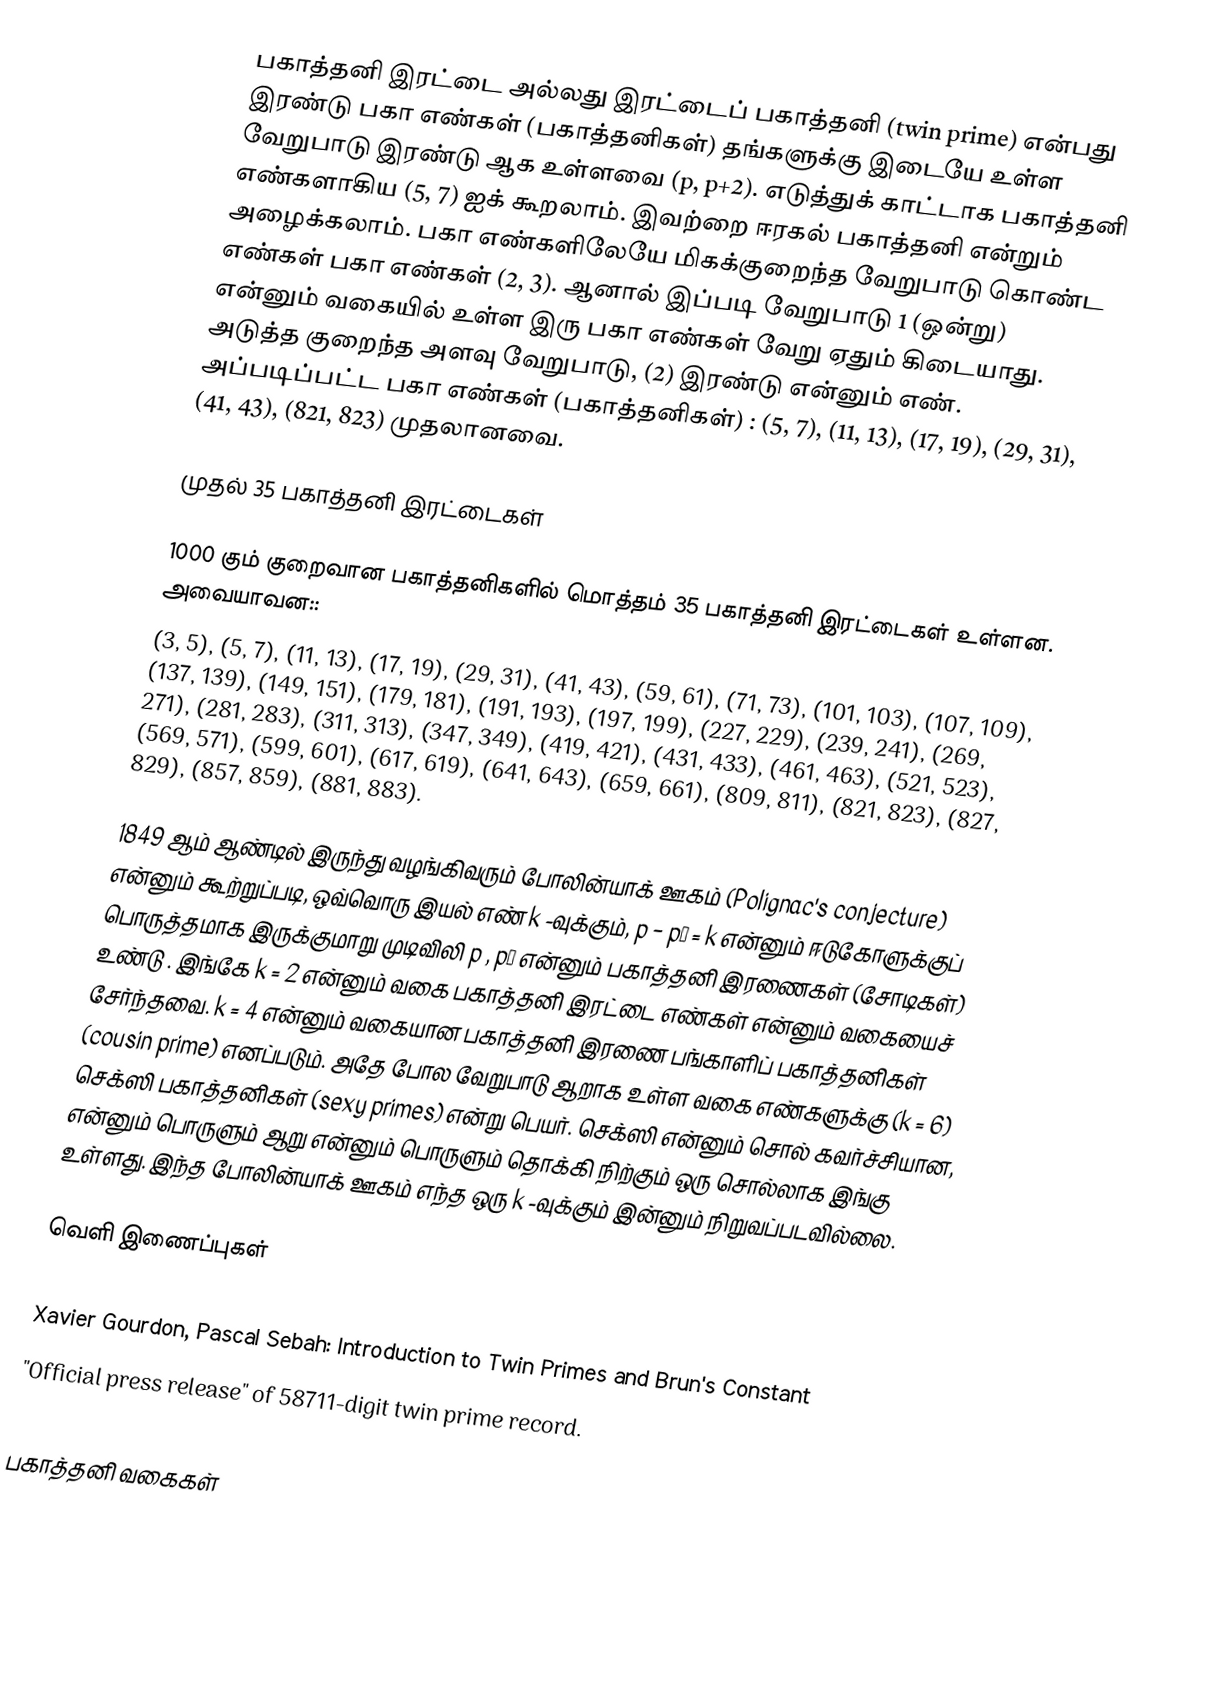
பகாத்தனி இரட்டை அல்லது இரட்டைப் பகாத்தனி (twin prime) என்பது இரண்டு பகா எண்கள் (பகாத்தனிகள்) தங்களுக்கு இடையே உள்ள வேறுபாடு இரண்டு ஆக உள்ளவை (p, p+2). எடுத்துக் காட்டாக பகாத்தனி எண்களாகிய (5, 7) ஐக் கூறலாம். இவற்றை ஈரகல் பகாத்தனி என்றும் அழைக்கலாம். பகா எண்களிலேயே மிகக்குறைந்த வேறுபாடு கொண்ட எண்கள் பகா எண்கள் (2, 3). ஆனால் இப்படி வேறுபாடு 1 (ஒன்று) என்னும் வகையில் உள்ள இரு பகா எண்கள் வேறு ஏதும் கிடையாது. அடுத்த குறைந்த அளவு வேறுபாடு, (2) இரண்டு என்னும் எண். அப்படிப்பட்ட பகா எண்கள் (பகாத்தனிகள்) : (5, 7), (11, 13), (17, 19), (29, 31), (41, 43), (821, 823) முதலானவை.

முதல் 35 பகாத்தனி இரட்டைகள்

1000 கும் குறைவான பகாத்தனிகளில் மொத்தம் 35 பகாத்தனி இரட்டைகள் உள்ளன. அவையாவன::
(3, 5), (5, 7), (11, 13), (17, 19), (29, 31), (41, 43), (59, 61), (71, 73), (101, 103), (107, 109), (137, 139), (149, 151), (179, 181), (191, 193), (197, 199), (227, 229), (239, 241), (269, 271), (281, 283), (311, 313), (347, 349), (419, 421), (431, 433), (461, 463), (521, 523), (569, 571), (599, 601), (617, 619), (641, 643), (659, 661), (809, 811), (821, 823), (827, 829), (857, 859), (881, 883).

1849 ஆம் ஆண்டில் இருந்து வழங்கிவரும் போலின்யாக் ஊகம் (Polignac's conjecture) என்னும் கூற்றுப்படி, ஒவ்வொரு இயல் எண் k -வுக்கும், p − p′ = k என்னும் ஈடுகோளுக்குப் பொருத்தமாக இருக்குமாறு முடிவிலி p , p′ என்னும் பகாத்தனி இரணைகள் (சோடிகள்) உண்டு . இங்கே k = 2 என்னும் வகை பகாத்தனி இரட்டை எண்கள் என்னும் வகையைச் சேர்ந்தவை. k = 4 என்னும் வகையான பகாத்தனி இரணை  பங்காளிப் பகாத்தனிகள் (cousin prime) எனப்படும். அதே போல வேறுபாடு ஆறாக உள்ள வகை எண்களுக்கு (k = 6) செக்ஸி பகாத்தனிகள் (sexy primes) என்று பெயர். செக்ஸி என்னும் சொல் கவர்ச்சியான, என்னும் பொருளும் ஆறு என்னும் பொருளும் தொக்கி நிற்கும் ஒரு சொல்லாக இங்கு உள்ளது. இந்த போலின்யாக் ஊகம் எந்த ஒரு k -வுக்கும் இன்னும் நிறுவப்படவில்லை.

வெளி இணைப்புகள்
 Top-20 Twin Primes at Chris Caldwell's Prime Pages.
 Xavier Gourdon, Pascal Sebah: Introduction to Twin Primes and Brun's Constant
 "Official press release" of 58711-digit twin prime record.

பகாத்தனி வகைகள்